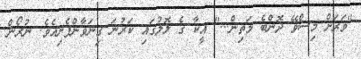
"ވަރަށް މިސްވޭ ދޮންބެ މަތިން..." އީކާ ގެ ލޮލުގައި ކަރުނަ ގިނަވާންފެށިއެވެ. ނުރޯން